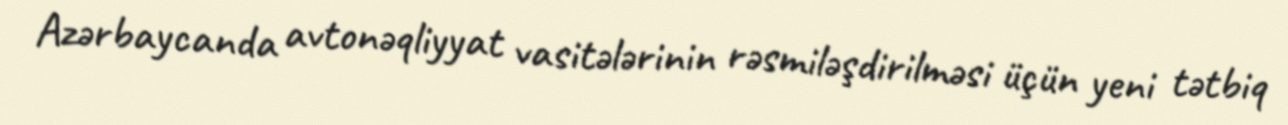
Azərbaycanda avtonəqliyyat vasitələrinin rəsmiləşdirilməsi üçün yeni tətbiq